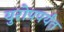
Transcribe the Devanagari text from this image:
युरोपपर्यंत